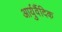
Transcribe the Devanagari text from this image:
आर्युर्वैदिक